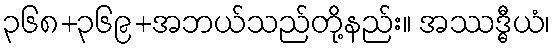
၃၆၈+၃၆၉+အဘယ်သည်တို့နည်း။ အဿဒ္ဓီယံ၊